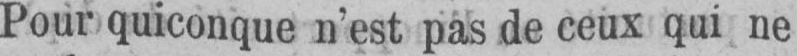
Pour quiconque n’est pas de ceux qui ne